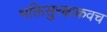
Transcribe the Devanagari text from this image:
भक्तिसुरक्षाकवच